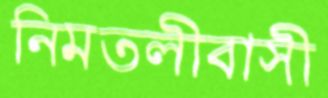
নিমতলীবাসী